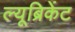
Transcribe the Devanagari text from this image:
ल्यूब्रिकेंट